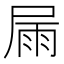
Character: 屚